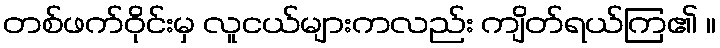
တစ်ဖက်ဝိုင်းမှ လူငယ်များကလည်း ကျိတ်ရယ်ကြ၏ ။